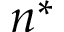
n ^ { * }